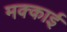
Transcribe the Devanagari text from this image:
मक्काई